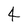
Character: 4